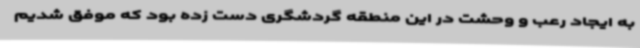
به ایجاد رعب و وحشت در این منطقه گردشگری دست زده بود که موفق شدیم